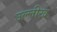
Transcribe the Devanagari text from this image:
उल्लीख